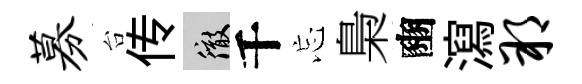
募台传徹千忘梟豳瀉朔